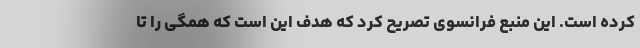
کرده است. این منبع فرانسوی تصریح کرد که هدف این است که همگی را تا